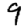
Digit: 9